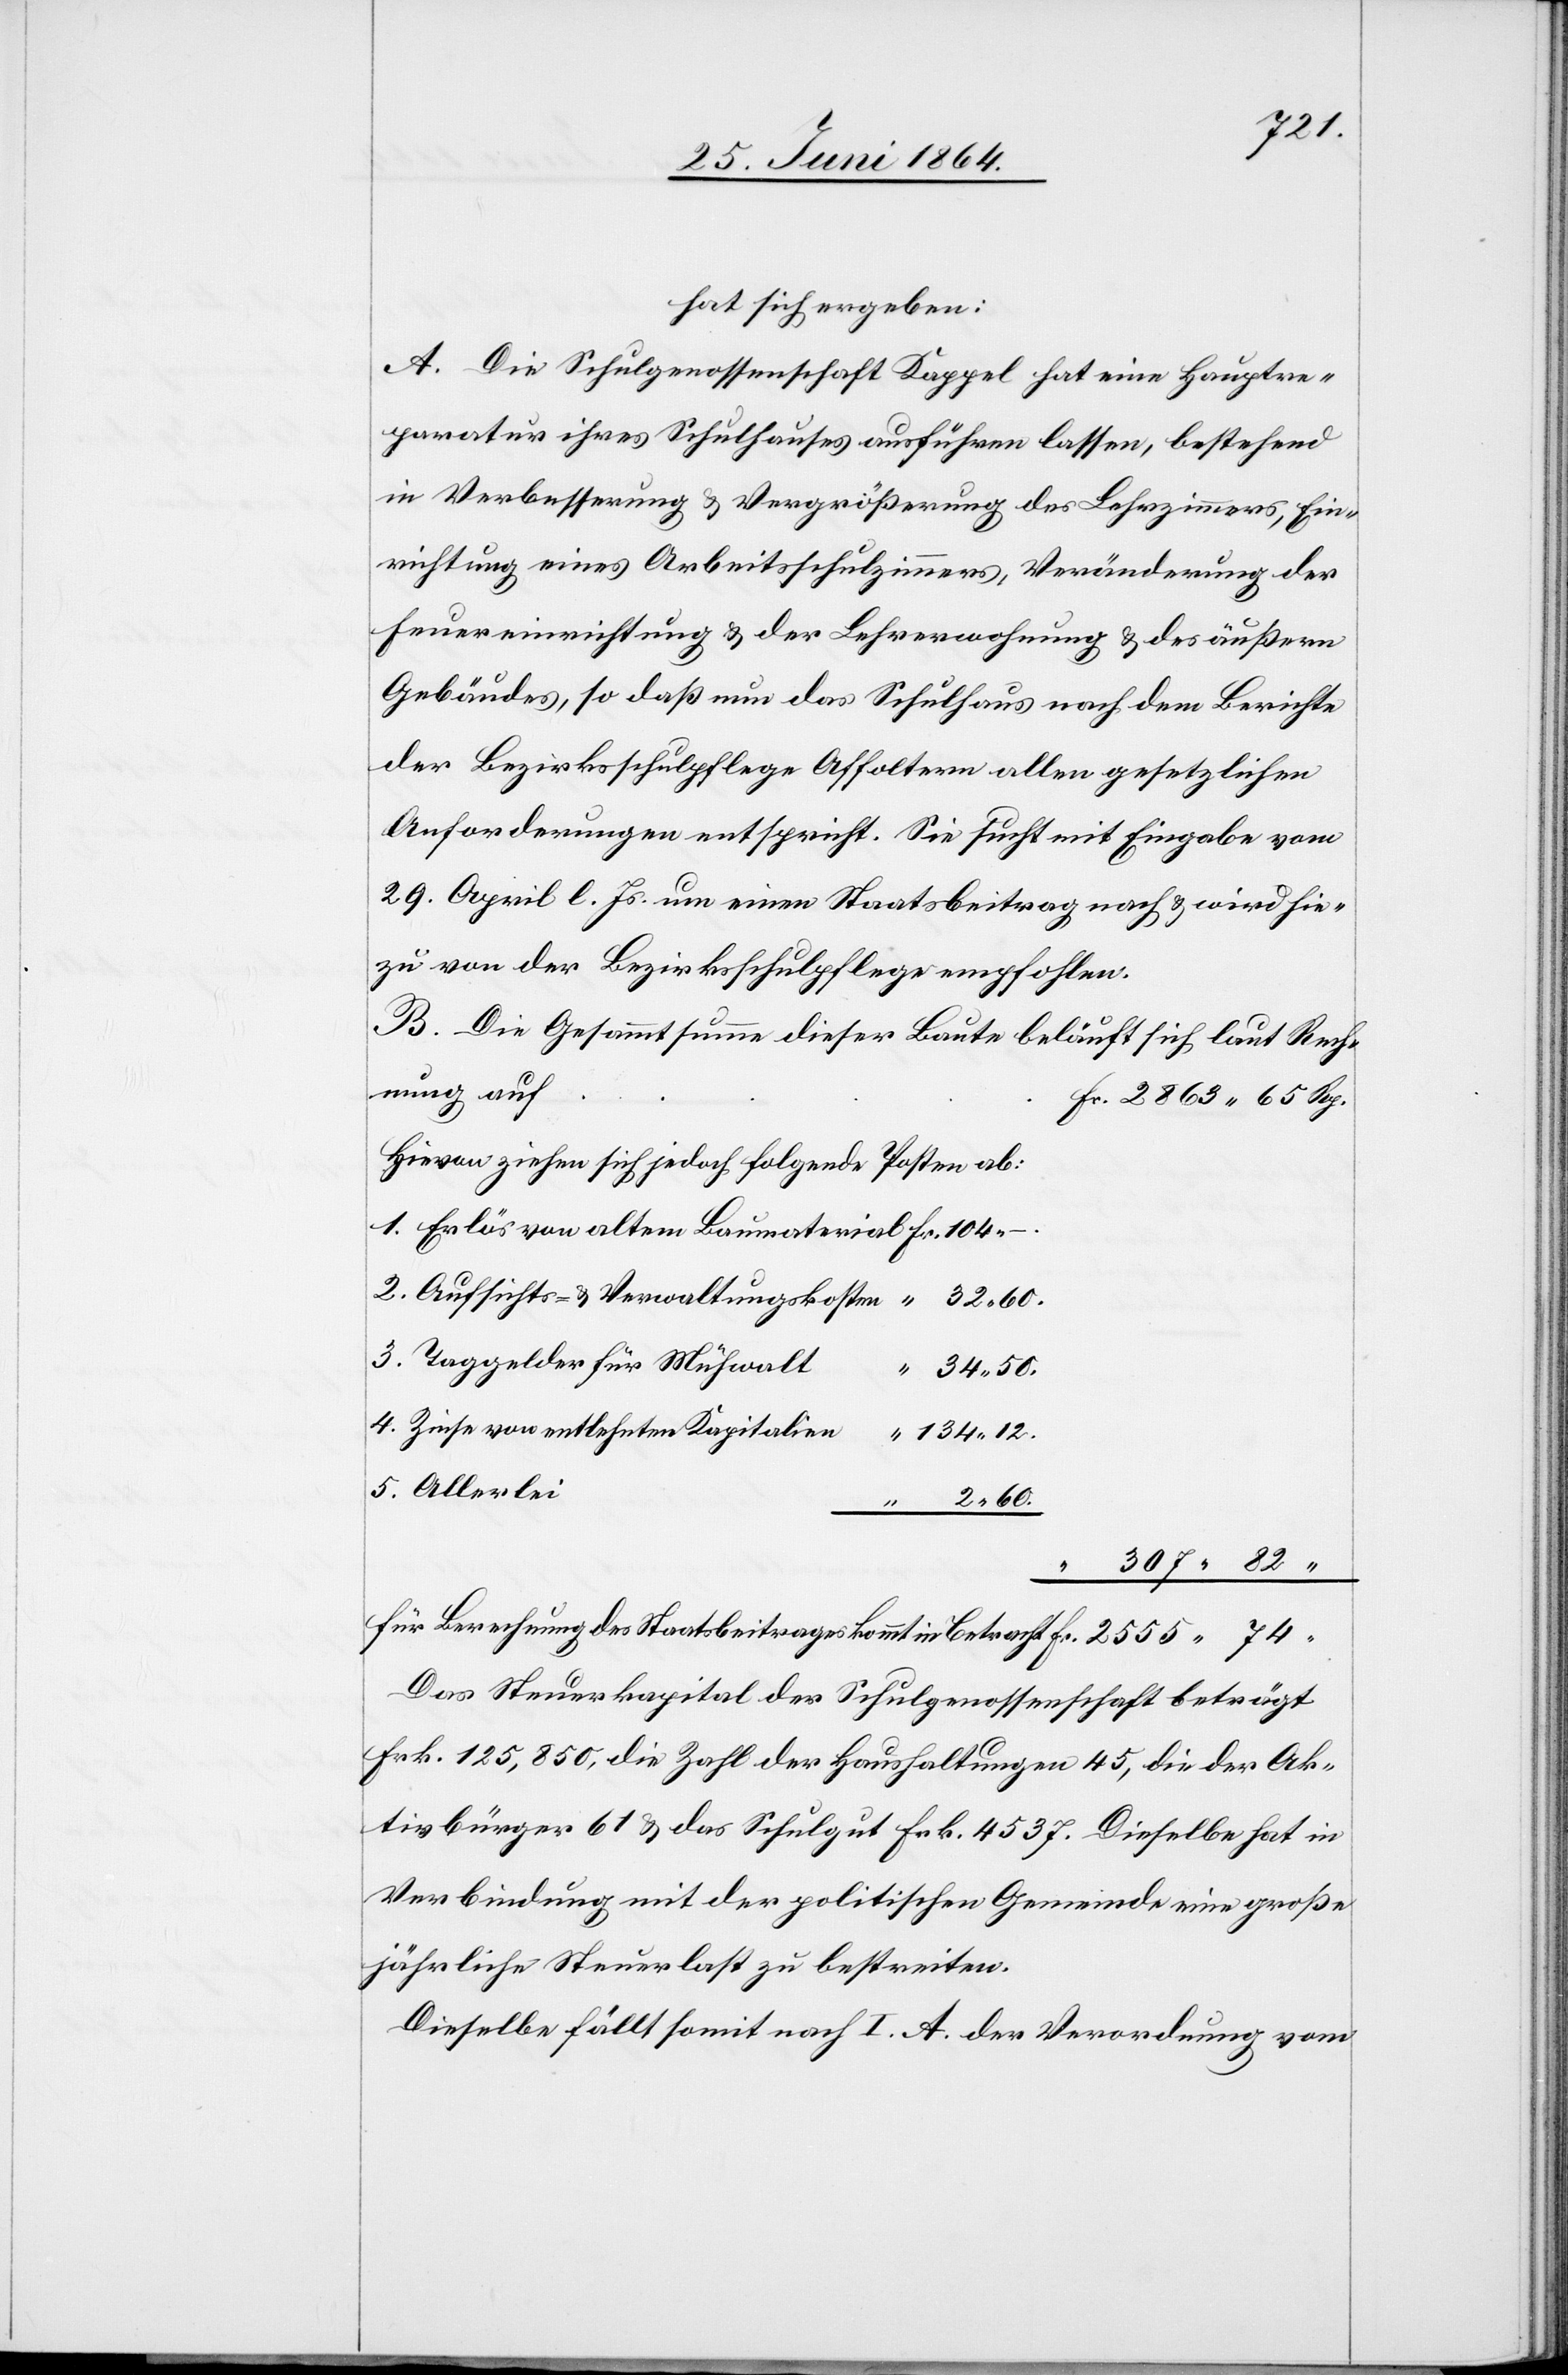
hat sich ergeben:
A. Die Schulgenossenschaft Kappel hat eine Hauptre¬
paratur ihres Schulhauses ausführen lassen, bestehend
in Verbesserung u. Vergrößerung des Lehrzimmers, Ein¬
richtung eines Arbeitsschulzimmers, Veränderung der
Feuereinrichtung u. der Lehrerwohnung u. des äußern
Gebäudes, so daß nun das Schulhaus nach dem Berichte
der Bezirksschulpflege Affoltern allen gesetzlichen
Anforderungen entspricht. Sie sucht mit Eingabe vom
29. April l. Js. um einen Staatsbeitrag nach u. wird hie¬
zu von der Bezirksschulpflege empfohlen.
B. Die Gesammtsumme dieser Baute beläuft sich laut Rech¬
nung auf	F¬
r. 2863 65 Rp.
Hievon ziehen sich jedoch folgende Posten ab:
1. Erlös von altem Baumaterial	Fr. 104 –
2. Aufsichts- u. Verwaltungskosten	 “ 32 60.
3. Taggelder für Mühwalt
“
34 50.
4. Zinse von entlehnten Kapitalien
“ 134 12.
5. Allerlei
2 60.
“
307 82 “
für Berechnung des Staatsbeitrages kommt in Betracht			Fr. 2555 74
Das Steuerkapital der Schulgenossenschaft beträgt
Frk. 125,850, die Zahl der Haushaltungen 45, die der Ak¬
tivbürger 61 u. das Schulgut Frk. 4537. Dieselbe hat in
Verbindung mit der politischen Gemeinde eine große
jährliche Steuerlast zu bestreiten.
Dieselbe fällt somit nach I. A. der Verordnung vom